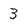
Character: 3